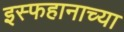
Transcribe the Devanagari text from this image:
इस्फहानाच्या